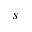
s